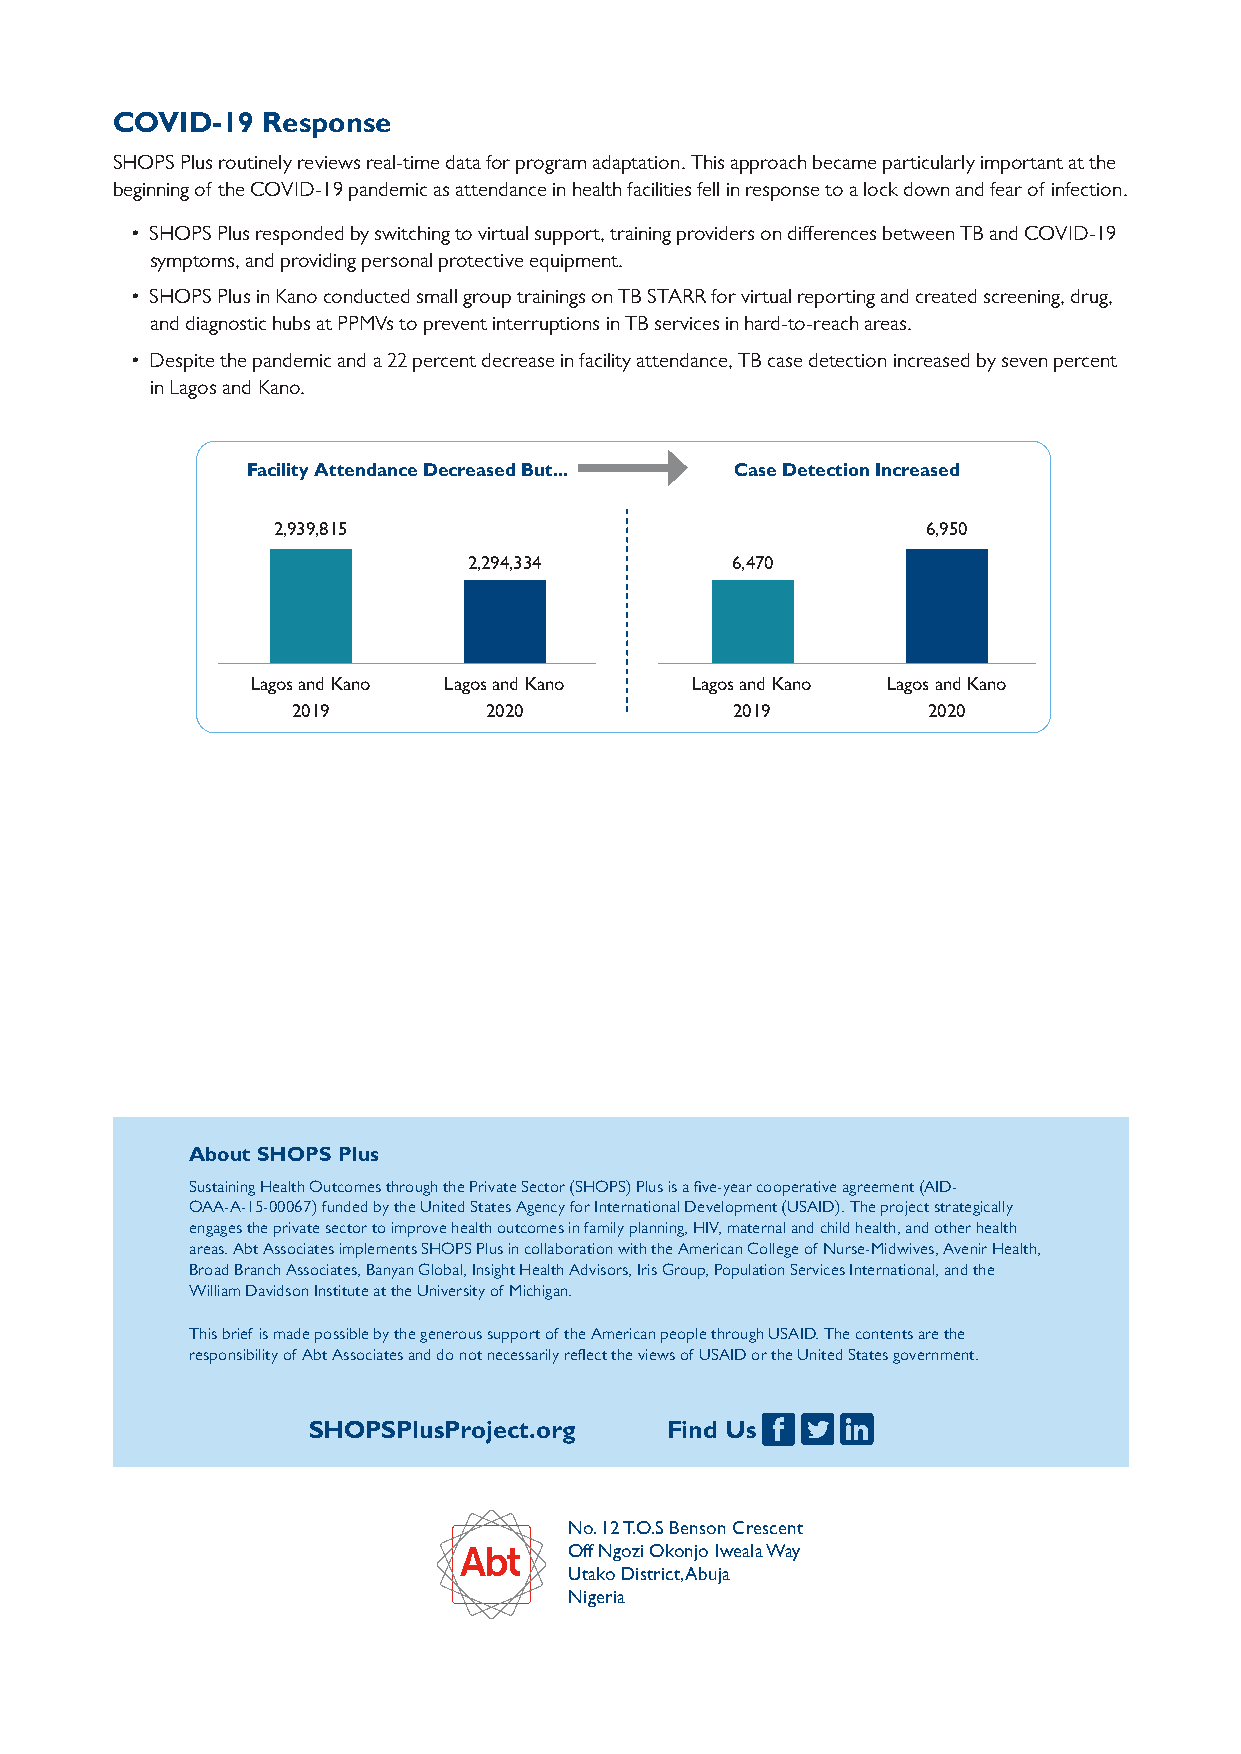
COVID-19  Response
 SHOPS Plus routinely reviews real-time data for program adaptation. This approach became particularly important at the
 beginning of the COVID-19 pandemic as attendance in health facilities fell in response to a lock down and fear of infection.
 • SHOPS Plus responded by switching to virtual support, training providers on differences between TB and COVID-19
 symptoms, and providing personal protective equipment.
 • SHOPS Plus in Kano conducted small group trainings on TB STARR for virtual reporting and created screening, drug,
 and diagnostic hubs at PPMVs to prevent interruptions in TB services in hard-to-reach areas.
 • Despite the pandemic and a 22 percent decrease in facility attendance, TB case detection increased by seven percent
 in Lagos and Kano.
 Facility Attendance Decreased But... Case Detection Increased
 2,939,815                                  6,950
 2,294,334        6,470
 Lagos and Kano Lagos and Kano Lagos and Kano Lagos and Kano
 2019         2020            2019         2020
 About SHOPS Plus
 Sustaining Health Outcomes through the Private Sector (SHOPS) Plus is a five-year cooperative agreement (AID-
 OAA-A-15-00067) funded by the United States Agency for International Development (USAID). The project strategically
 engages the private sector to improve health outcomes in family planning, HIV, maternal and child health, and other health
 areas. Abt Associates implements SHOPS Plus in collaboration with the American College of Nurse-Midwives, Avenir Health,
 Broad Branch Associates, Banyan Global, Insight Health Advisors, Iris Group, Population Services International, and the
 William Davidson Institute at the University of Michigan.
 This brief is made possible by the generous support of the American people through USAID. The contents are the
 responsibility of Abt Associates and do not necessarily reflect the views of USAID or the United States government.
 SHOPSPlusProject.org    Find Us
 No. 12 T.O.S Benson Crescent
 Off Ngozi Okonjo Iweala Way
 Utako District, Abuja
 Nigeria